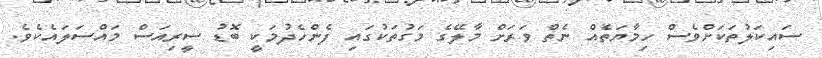
ސައިކަލުތަކަށްވެސް ހިމާޔަތެއް ނެތް ވަރަށް މާލޭގެ މަގުތަކުގައި ފެންހެދުމަކީ ބޮޑު ސީރިއަސް މައްސަލައެކެވެ.